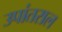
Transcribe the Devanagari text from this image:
उपांतराल